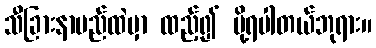
သီခြားနာမည်ထဲမှာ ထည့်၍ ပို့ရပါတယ်ဘုရား။